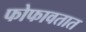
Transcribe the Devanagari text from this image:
फोफावतात